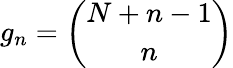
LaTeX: g_{n}={\binom{N+n-1}{n}}